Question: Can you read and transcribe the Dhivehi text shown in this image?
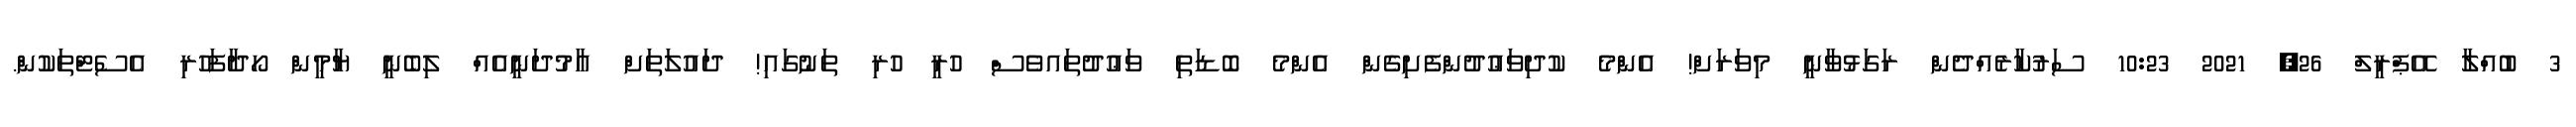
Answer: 3 ބުއްލާ އޭޕްރީލް 26, 2021 10:23 ސަރުކާރެއްދެން ރަގަޅުވާނީ މިވަރަށް! އެންމެ ކުދިވަޢުދުންފެށިގެން އެންމެ ބޮޑަތި ވަޢުދުތައވެސް ހުރީ ހުރި ތަނުގައި! ދައުލަތަށް އާމުދަނީއެއް ލިބެނީ ޔާމީން ހޯދާފަހުރި އެސެޓްތަކުން.